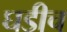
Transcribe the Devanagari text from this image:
घडीच